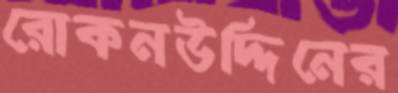
রোকনউদ্দিনের